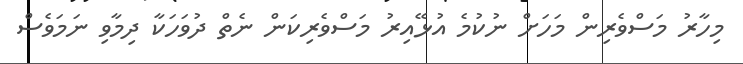
މިހާރު މަސްވެރިން މަހަށް ނުކުމެ އުޅޭއިރު މަސްވެރިކަން ނެތް ދުވަހަކާ ދިމާވި ނަމަވެސް